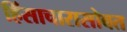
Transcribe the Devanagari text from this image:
हिंसाचारासोबत